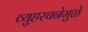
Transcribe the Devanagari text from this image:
व्युहरचनेमुळे